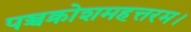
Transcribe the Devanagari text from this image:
पञ्चक्रोशमहत्तरम।